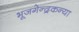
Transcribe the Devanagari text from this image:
भूजगेन्द्रकन्या